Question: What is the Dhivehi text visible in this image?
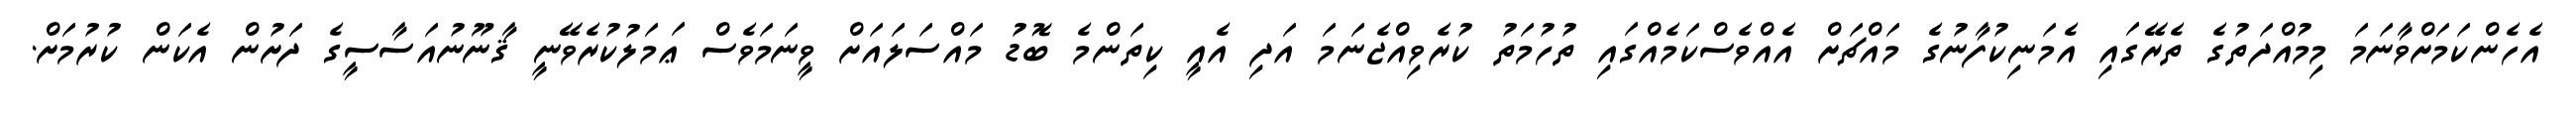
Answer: އެހެންކަމަށްވާނަމަ މިމުއްދަތުގެ ތެރޭގައި އެމަނިކުފާނުގެ މައްޗަށް އެއްވެސްކަމެއްގައި ތުހުމަތު ކުރެވިއްޖެނަމަ އަދި އެއީ ކިތަންމެ ބޮޑު މައްސަލައަށް ވީނަމަވެސް ޢަމަލުކުރެވޭނީ ޤާނޫނުއަސާސީގެ ދަށުން އެކަން ކުރުމަށް.